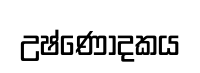
උෂ්ණොදකය